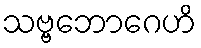
သဗ္ဗဘောဂေဟိ